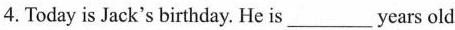
4. Today is Jack's birthday. He is___ years old